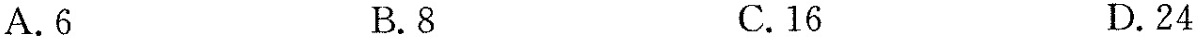
A.6 B.8 C.16 D.24